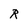
Character: R